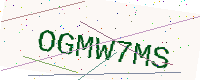
Text: OGMW7MS